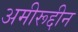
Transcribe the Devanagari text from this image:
अमीरूद्दीन